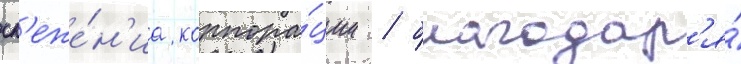
сл'еже́н'иа корпора́ции / благодар'я́